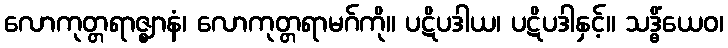
လောကုတ္တရာဇ္ဈာနံ၊ လောကုတ္တရာမဂ်ကို။ ပဋိပဒါယ၊ ပဋိပဒါနှင့်။ သဒ္ဓိံယေဝ၊